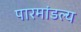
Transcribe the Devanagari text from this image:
पारमांडल्य